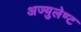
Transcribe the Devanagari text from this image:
अज्युलेण्ट